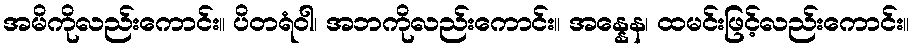
အမိကိုလည်းကောင်း။ ပိတရံဝါ၊ အဘကိုလည်းကောင်း။ အန္နေန၊ ထမင်းဖြင့်လည်းကောင်း။